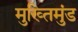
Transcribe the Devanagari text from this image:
मुख्तिमुंड